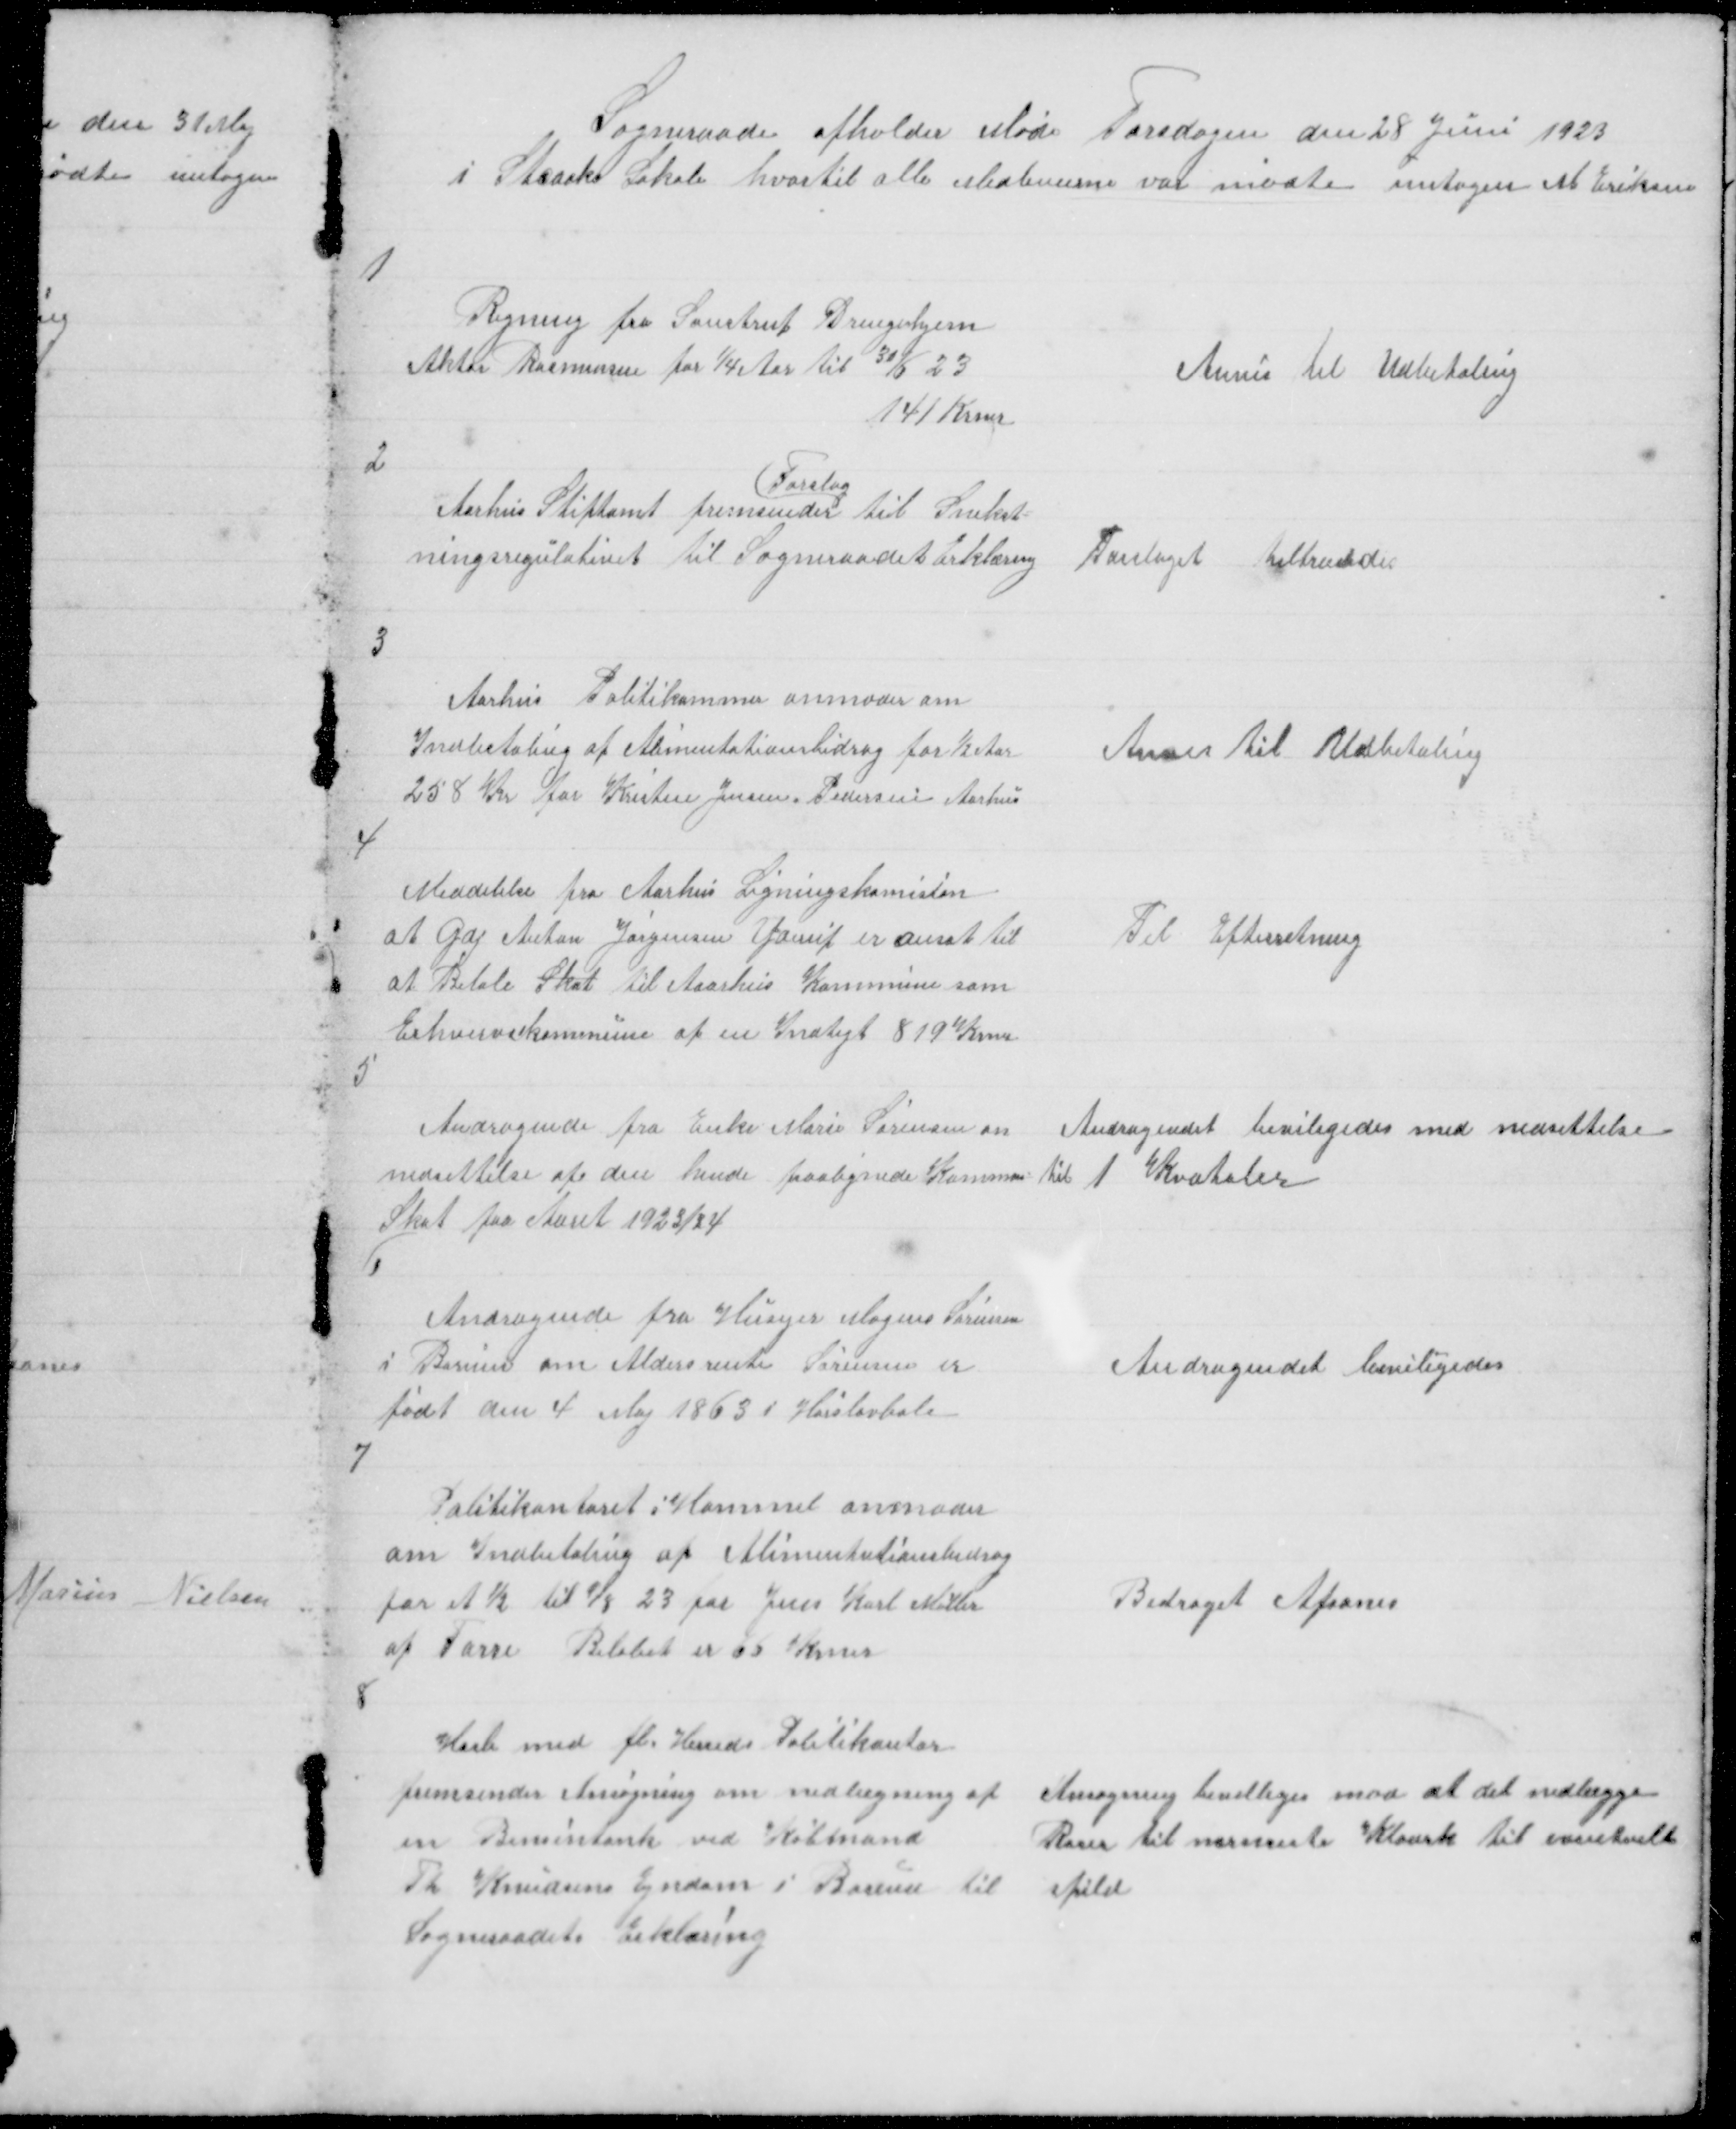
Transskription:
Sogneraade afholder Møde Torsdagen den 28 Juni 1923
i Staacks Lokale hvortil alle Medlemerne var mødte untagen M Eriksen

1

Regning fra Saustrup Drengehjem 
Aktor Rasmussen for 1/4 Aar til 30/6 23 
141 Krner

Anvis til Udbetaling

2

Aarhus Stiftamt fremsender
Forslag
til Snekst =
ningsregulativet til Sogneraadet Erklæring

Forslaget tiltræddes

3

Aarhus Politikammer anmoder om
Indbetaling af Alimentationsbidrag for ½ Aar
258 Kr for Kristen Jensen Pedersen Aarhus

Anvis til Udbetaling

4

Meddelelse fra Aarhus Ligningskomision
at Gdj Anton Jørgensen Yderup er ansat til
at Betale Skat til Aaarhus Kommune som
Erhvervskommune af en Indtegt 819 Krner

Til Efterretning

5

Andragende fra Enke Marie Sørensen om
nedsettelse af den hende paalignede Kommun=
Skat for Aaret 1923/24

Andragendet beviligedes med nedsettelse
til 1 Kvataler

6

Andragende fra Husejer Mogens Sørensen
i Borum om Aldersrente Sørensen er
født den 4 Maj 1863 i Hørslevbole

Andragendet beviligedes

7

Politikontoret i Hammel anmoder
om Indbetaling af Alimentationsbidrag
for et ½ til 1/8 23 for Jens Karl Møller
af Tarre Beløbet er 66 Krner

Bidraget Afsones

8

Hasle med fl. Herreders Politikontor
fremsender Ansøgning om nedlægning af
en Bensintank ved Købmand
Th Knudsens Ejndom i Borum til
Sogneraadets Erklæring

Ansøgning bevilliges mod at det nedlægge
Rører til nærmeste Kloark til eventuelt
spild